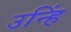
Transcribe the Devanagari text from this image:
उन्हिं